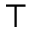
\intercal